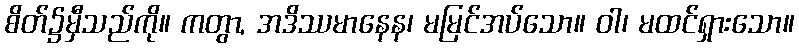
စိတ်၌မှီသည်ကို။ ကတွာ, အဒိဿမာနေန၊ မမြင်အပ်သော။ ဝါ၊ မထင်ရှားသော။